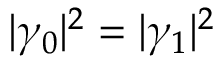
| \gamma _ { 0 } | ^ { 2 } = | \gamma _ { 1 } | ^ { 2 }